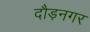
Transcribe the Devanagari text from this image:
दौड़नगर